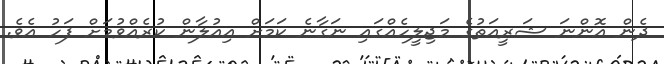
ދެން އޮންނަ ޝަރީއަތުގެ މަޖިލީހެއްގައި ނަގާނެ ކަމަށް އިއުލާން ކުރެއްވުމަށް ފަހު އެވެ.